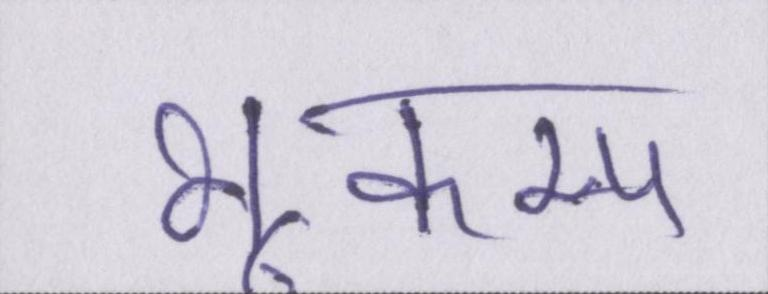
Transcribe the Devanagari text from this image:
भूकम्प